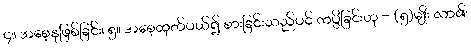
၄။ အစေ့နုဖြစ်ခြင်း၊ ၅။ အစေ့ထုတ်ပယ်၍ စားခြင်းသည်ပင် ကပ္ပိခြင်းဟု - (၅)မျိုး လာ၏၊